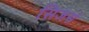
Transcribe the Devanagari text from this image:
सिजर्स